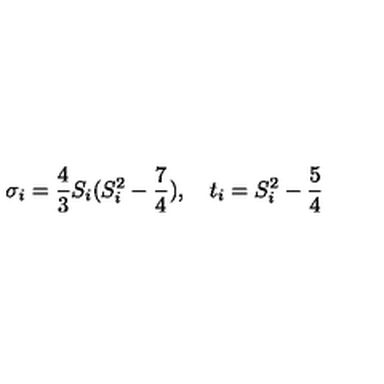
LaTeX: { \sigma } _ { i } = { \frac { 4 } { 3 } } S _ { i } ( S _ { i } ^ { 2 } - { \frac { 7 } { 4 } } ) , \quad t _ { i } = S _ { i } ^ { 2 } - { \frac { 5 } { 4 } }